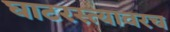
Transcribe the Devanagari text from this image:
घाटरस्त्यावरच